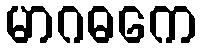
မာဂဓကေ